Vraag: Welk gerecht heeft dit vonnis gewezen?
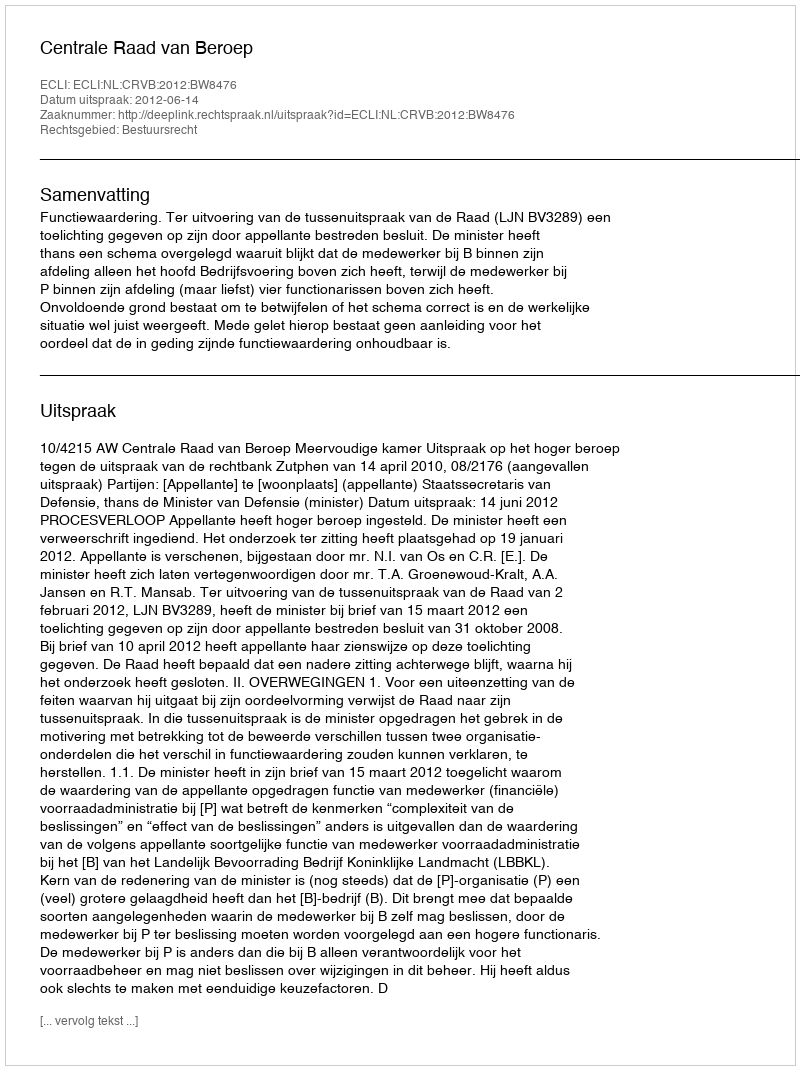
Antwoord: Centrale Raad van Beroep